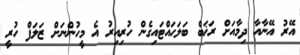
އޭރު އޭނާއާ ދިމާއަށް ރަޚަބް ބަލަހައްޓައިގެން ހުރިއިރު އެ މީހުންނަށް ޒަލަފް ހުރީ